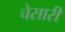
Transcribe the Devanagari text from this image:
चेसारी